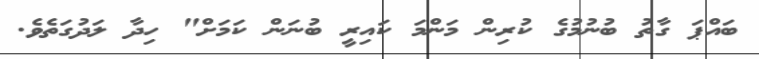
ބައްޕަ ގާތު ބުނުމުގެ ކުރިން މަންމަ ކައިރީ ބުނަން ކަމަށް" ހިދާ ލަދުގަތެވެ.